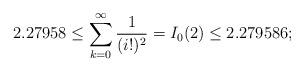
LaTeX: \begin{align*}2.27958 \leq \sum_{k=0}^{\infty}\frac{1}{(i!)^2}=I_0(2) \leq 2.279586; \end{align*}